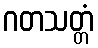
ဂတသတ္တံ